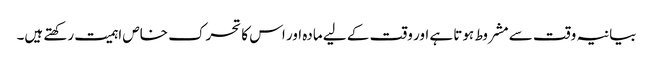
بیانیہ وقت سے مشروط ہوتا ہے اور وقت کے لیے مادہ اور اس کا تحرک خاص اہمیت رکھتے ہیں۔